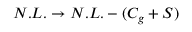
N . L . \rightarrow N . L . - ( C _ { g } + { \cal S } )